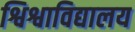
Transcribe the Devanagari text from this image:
श्विश्वाविद्यालय